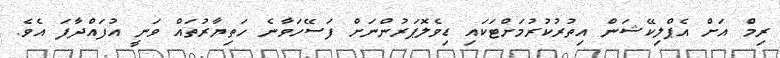
ރިމް އަށް އެޕްލިކޭޝަން އިތުރުކުރުމަށްޓަކައި ޑިވެލޮޕަރުންނަށް ފަސޭހަވާނެ ހަތިޔާރުތައް ވަނީ އުފައްދާފަ އެވެ.